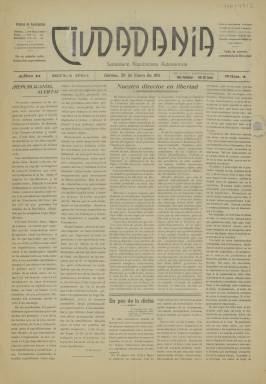
Título: Ciudadanía (Gerona)
Colección: Periódicos
Ámbito geográfico: Gerona
Lugar de publicación: Gerona
Fechas: 29/01/1911-29/01/1911